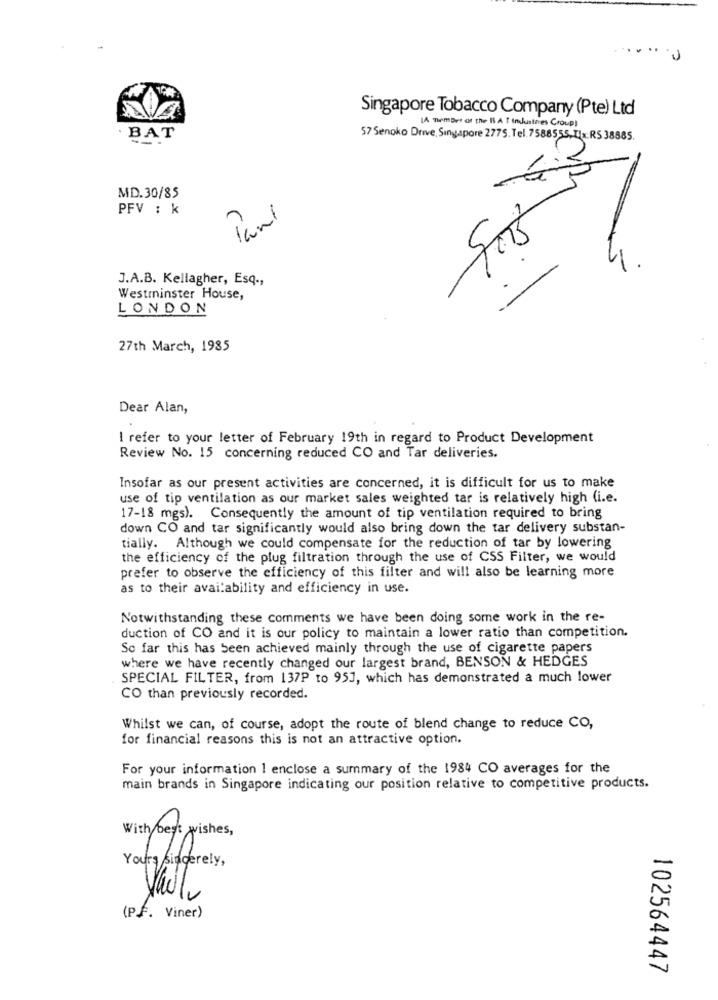
...
Singapore Tobacco Company (Pte) Ltd
IA number of the BA T industries Croup)
BAT
57 Senoko Drive, Singapore 2775. Tel.7588555,11x:RS 38885.
50
MD.30/85
PFV : k
Pani
siej
J.A.B. Kellagher, Esq .,
Westminster House,
LONDON
27th March, 1985
Dear Alan,
I refer to your letter of February 19th in regard to Product Development
Review No. 15 concerning reduced CO and Tar deliveries.
Insofar as our present activities are concerned, it is difficult for us to make
use of tip ventilation as our market sales weighted tar is relatively high (i.e.
17-18 mgs). Consequently the amount of tip ventilation required to bring
down CO and tar significantly would also bring down the tar delivery substan-
tially. Although we could compensate for the reduction of tar by lowering
the efficiency of the plug filtration through the use of CSS Filter, we would
prefer to observe the efficiency of this filter and will also be learning more
as to their availability and efficiency in use.
Notwithstanding these comments we have been doing some work in the re-
duction of CO and it is our policy to maintain a lower ratio than competition.
So far this has been achieved mainly through the use of cigarette papers
where we have recently changed our largest brand, BENSON & HEDGES
SPECIAL FILTER, from 137P to 951, which has demonstrated a much lower
CO than previously recorded.
Whilst we can, of course, adopt the route of blend change to reduce CO,
for financial reasons this is not an attractive option.
For your information ! enclose a summary of the 1984 CO averages for the
main brands in Singapore indicating our position relative to competitive products.
With best wishes ,
Yours sincerely,
(Pf. Viner)
102564447